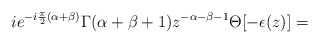
\begin{align*}ie^{-i\frac {\pi} {2}(\alpha+\beta)}\Gamma(\alpha+\beta+1)z^{-\alpha-\beta-1}\Theta[-\epsilon(z)]=\end{align*}